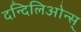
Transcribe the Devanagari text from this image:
दन्दिलिओन्स्